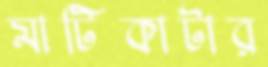
মাটিকাটার